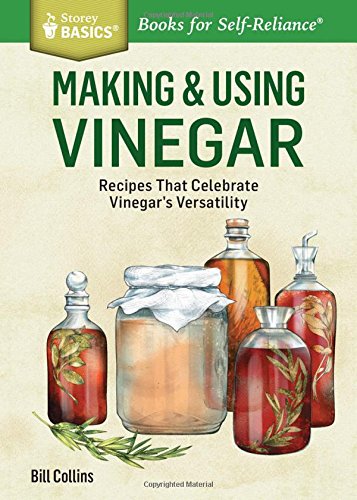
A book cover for Making & Using Vinegar: Recipes That Celebrate Vinegar's Versatility. A Storey BASICSÂ® Title; Bill Collins; Cookbooks, Food & Wine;